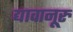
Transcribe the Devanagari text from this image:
द्यावानूरु